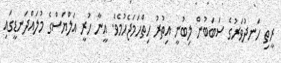
ރީތި ހަނދުވަރުގެ ސަބަބުން ލިބުނީ އިތުރު ހިތްހަމަޖެހުމެވެ. އީނާ ހުރީ އަލްޔަސްގެ މުލައްދަނޑީގައި